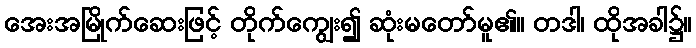
အေးအမြိုက်ဆေးဖြင့် တိုက်ကျွေး၍ ဆုံးမတော်မူ၏။ တဒါ၊ ထိုအခါ၌။